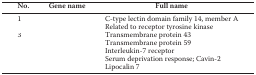
<table><thead><tr><td><b>No.</b></td><td><b>Gene name</b></td><td><b>Full name</b></td></tr></thead><tbody><tr><td>1</td><td>[EMPTY_CELL]</td><td>C-type lectin domain family 14, member A</td></tr><tr><td>[EMPTY_CELL]</td><td>[EMPTY_CELL]</td><td>Related to receptor tyrosine kinase</td></tr><tr><td>3</td><td>[EMPTY_CELL]</td><td>Transmembrane protein 43</td></tr><tr><td>[EMPTY_CELL]</td><td>[EMPTY_CELL]</td><td>Transmembrane protein 59</td></tr><tr><td>[EMPTY_CELL]</td><td>[EMPTY_CELL]</td><td>Interleukin-7 receptor</td></tr><tr><td>[EMPTY_CELL]</td><td>[EMPTY_CELL]</td><td>Serum deprivation response; Cavin-2</td></tr><tr><td>[EMPTY_CELL]</td><td>[EMPTY_CELL]</td><td>Lipocalin 7</td></tr></tbody></table>